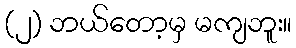
(၂) ဘယ်တော့မှ မကျဘူး။